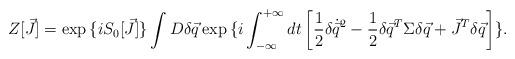
LaTeX: \begin{align*}Z[\vec{J}] = \exp{\{i S_{0}[\vec{J}]\}} \int D\delta\vec{q} \exp{\{i\int^{+\infty}_{-\infty} dt \left[\frac{1}{2}\delta\dot{\vec{q}}^{2} -\frac{1}{2}\delta\vec{q}^{T} \Sigma \delta\vec{q} + \vec{J}^{T}\delta\vec{q} \right]\}}.\end{align*}